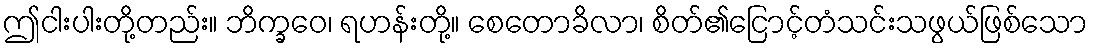
ဤငါးပါးတို့တည်း။ ဘိက္ခဝေ၊ ရဟန်းတို့။ စေတောခိလာ၊ စိတ်၏ငြောင့်တံသင်းသဖွယ်ဖြစ်သော